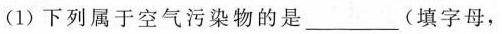
(1)下列属于空气污染物的是___(填字母，